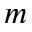
m